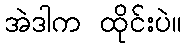
အဲဒါက ထိုင်းပဲ။